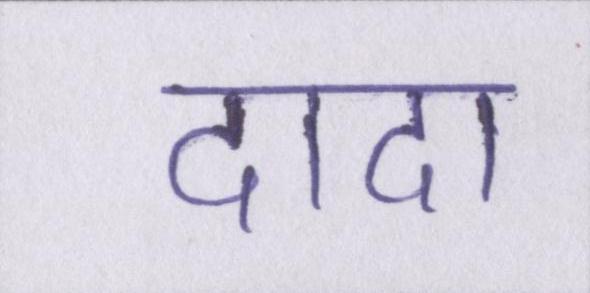
दादा